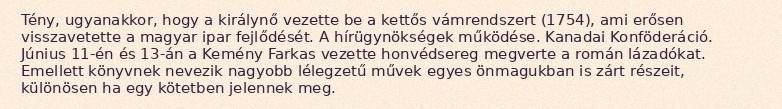
Tény, ugyanakkor, hogy a királynő vezette be a kettős vámrendszert (1754), ami erősen visszavetette a magyar ipar fejlődését. A hírügynökségek működése. Kanadai Konföderáció. Június 11-én és 13-án a Kemény Farkas vezette honvédsereg megverte a román lázadókat. Emellett könyvnek nevezik nagyobb lélegzetű művek egyes önmagukban is zárt részeit, különösen ha egy kötetben jelennek meg.